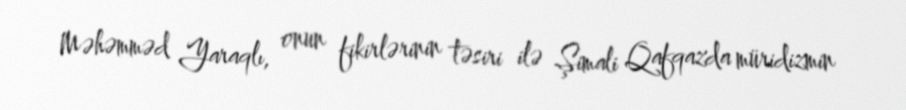
Məhəmməd Yaraqlı, onun fikirlərinin təsiri ilə Şimali Qafqazda müridizmin